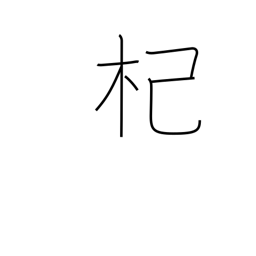
Meaning: river willow